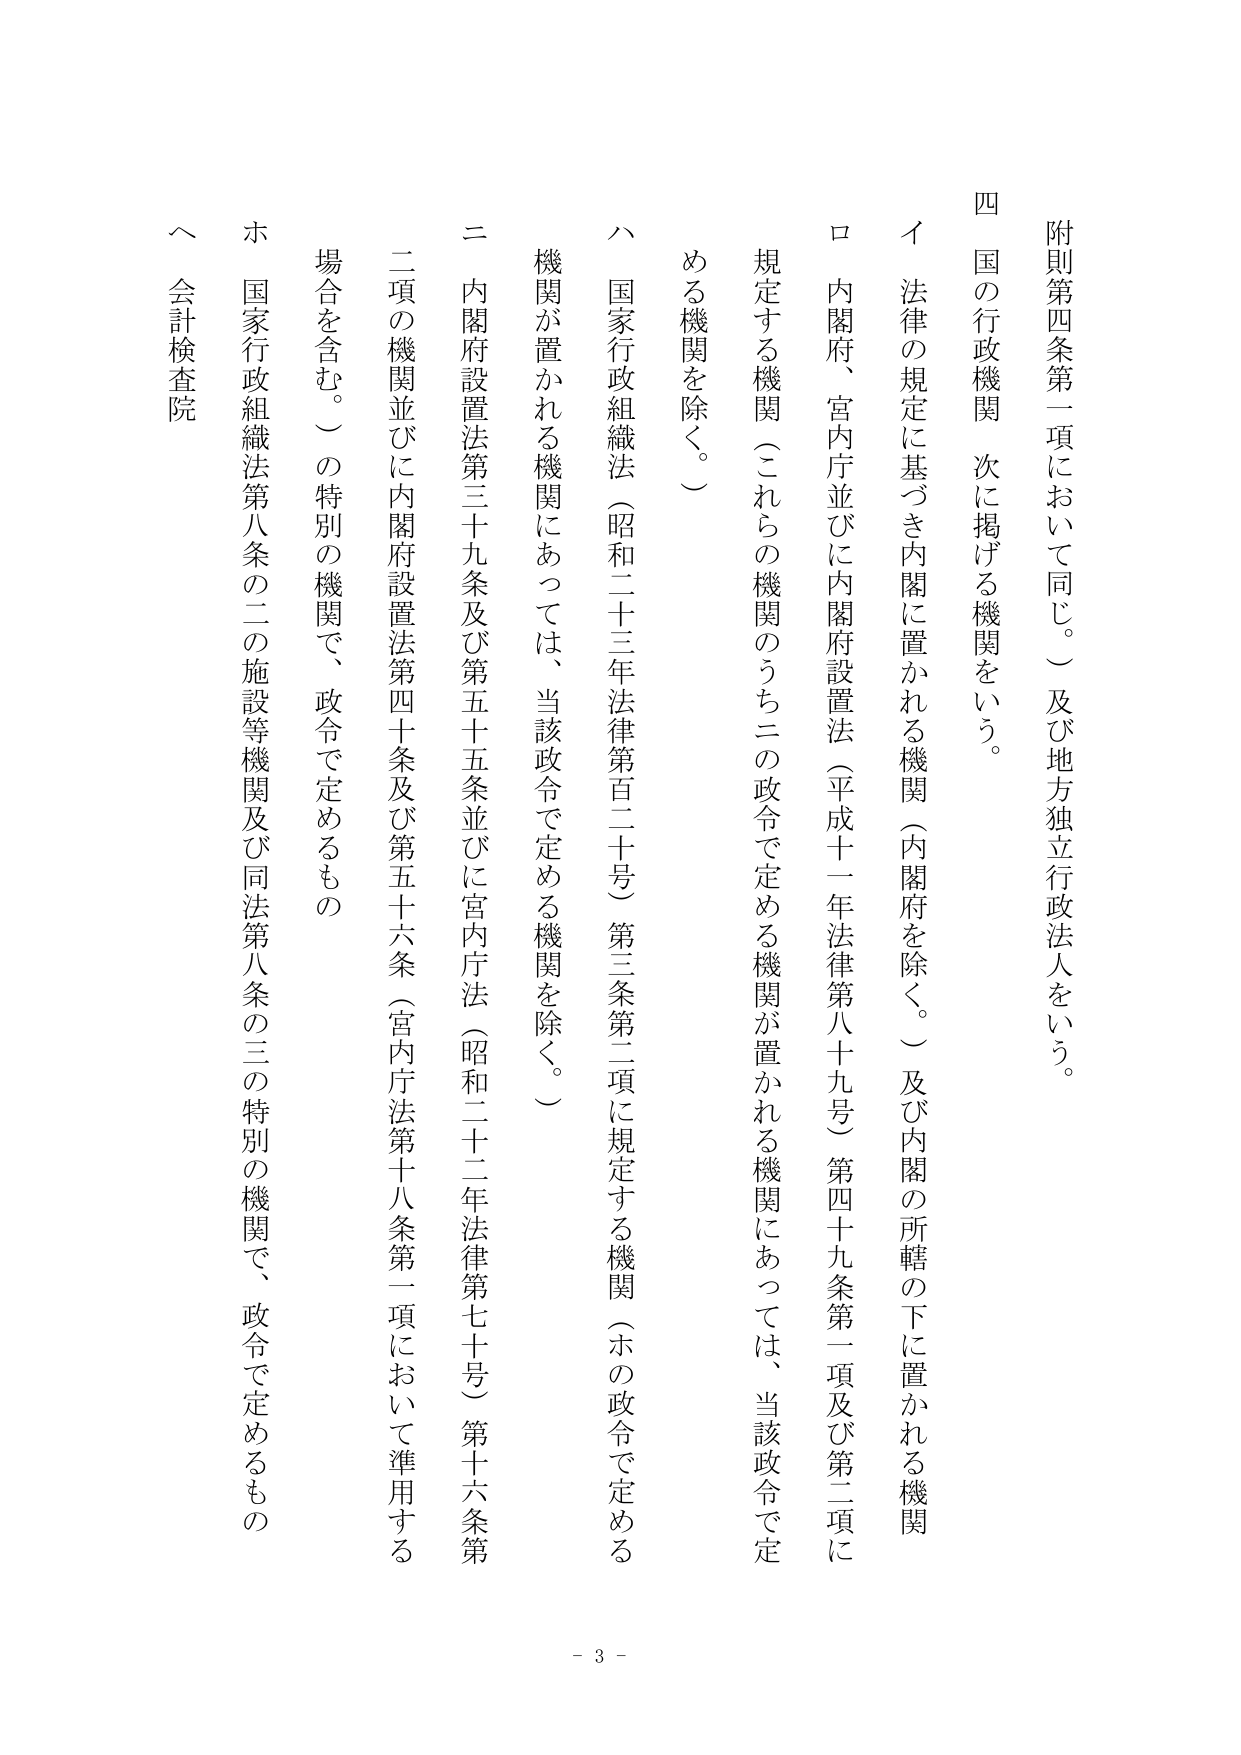
附則第四条第一項において同じ。）及び地方独立行政法人をいう。

四　国の行政機関　次に掲げる機関をいう。

　イ　法律の規定に基づき内閣に置かれる機関（内閣府を除く。）及び内閣の所轄の下に置かれる機関

　ロ　内閣府、宮内庁並びに内閣府設置法（平成十一年法律第八十九号）第四十九条第一項及び第二項に規定する機関（これらの機関のうち二の政令で定める機関が置かれる機関にあっては、当該政令で定める機関を除く。）

　ハ　国家行政組織法（昭和二十三年法律第百二十号）第三条第二項に規定する機関（ホの政令で定める機関が置かれる機関にあっては、当該政令で定める機関を除く。）

　二　内閣府設置法第三十九条及び第五十五条並びに宮内庁法（昭和二十二年法律第七十号）第十六条第二項の機関並びに内閣府設置法第四十条及び第五十六条（宮内庁法第十八条第一項において準用する場合を含む。）の特別の機関で、政令で定めるもの

　ホ　国家行政組織法第八条の二の施設等機関及び同法第八条の三の特別の機関で、政令で定めるもの

　ヘ　会計検査院

- 3 -